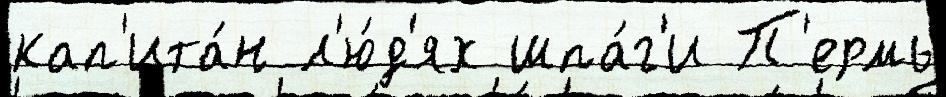
кап'ита́н л'ю́д'ях шпа́г'и П'ермь